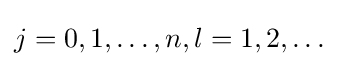
j=0,1,\dots ,n,l=1,2,\dots